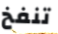
تنفخ